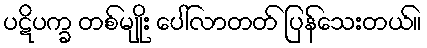
ပဋိပက္ခ တစ်မျိုး ပေါ်လာတတ် ပြန်သေးတယ်။